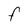
Character: F